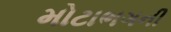
મોટાભગની